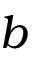
b